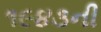
૧૯૪૩ની